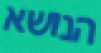
הנושא